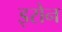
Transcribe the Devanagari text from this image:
इरोन